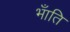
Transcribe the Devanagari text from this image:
भँाति